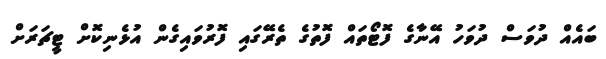
ބައެއް ދުވަސް ދުވަހު އޭނާގެ ފޮޓޯތައް ފޮތުގެ ތެރޭގައި ފޮރުވައިގެން އުޅެނިކޮށް ޓީޗަރަށް